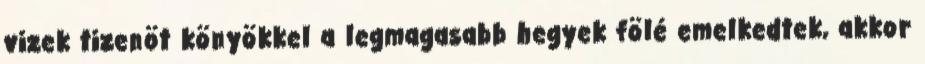
vizek tizenöt könyökkel a legmagasabb hegyek fölé emelkedtek, akkor